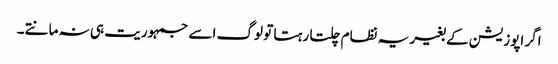
اگر اپوزیشن کے بغیر یہ نظام چلتا رہتا تو لوگ اسے جمہوریت ہی نہ مانتے۔